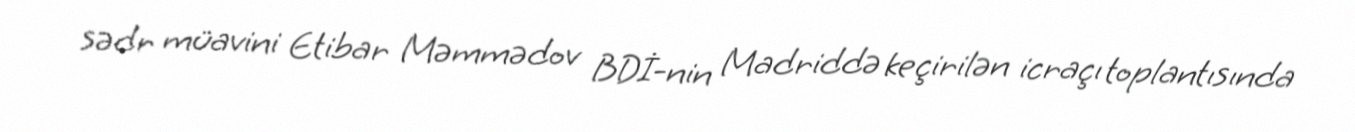
sədr müavini Etibar Məmmədov BDİ-nin Madriddə keçirilən icraçı toplantısında